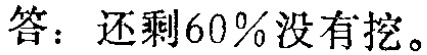
答：还剩60\%没有挖。